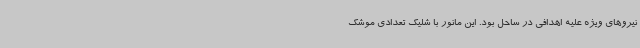
نیروهای ویژه علیه اهدافی در ساحل بود. این مانور با شلیک تعدادی موشک